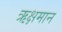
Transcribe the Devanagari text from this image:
ऋक्षमान